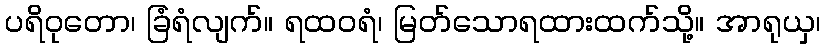
ပရိဝုတော၊ ခြံရံလျက်။ ရထဝရံ၊ မြတ်သောရထားထက်သို့။ အာရုယှ၊